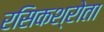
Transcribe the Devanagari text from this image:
रसिकश्रोता